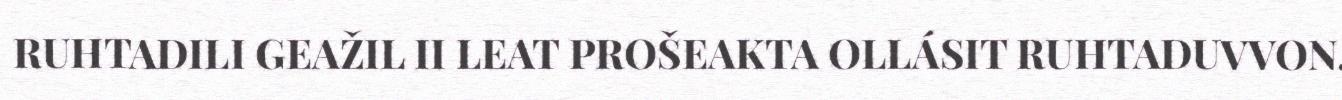
RUHTADILI GEAŽIL II LEAT PROŠEAKTA OLLÁSIT RUHTADUVVON.